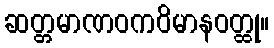
ဆတ္တမာဏဝကဝိမာနဝတ္ထု။